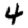
Digit: 4